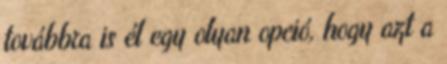
továbbra is él egy olyan opció, hogy azt a